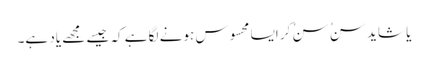
یا شاید سنُ سنُ کر ایسا محسوس ہونے لگا ہے کہ جیسے مجھے یاد ہے۔